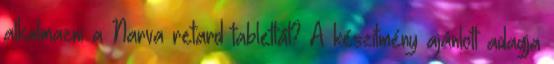
alkalmazni a Narva retard tablettát? A készítmény ajánlott adagja